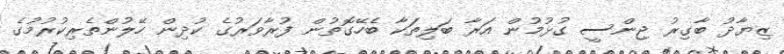
ޒިޔާދު ބާގިރު ޖިންސީ ގުޅުމުން އަރާ ބަލިތަކާ ބެހޭގޮތުން ފުރާވަރުގެ ކުދިން ހޭލުންތެރިކުރުމުގެ